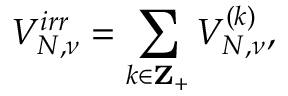
V _ { N , \nu } ^ { i r r } = \sum _ { k \in { \bf Z } _ { + } } V _ { N , \nu } ^ { ( k ) } ,